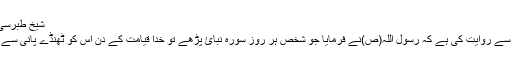
شیخ طبرسی نے مجمع البیان
میں اُبی بن کعب سے روایت کی ہے کہ رسول اللہ(ص)نے فرمایا جو شخص ہر روز سورہ نبائ پڑھے تو خدا قیامت کے دن اس کو ٹھنڈے پانی سے سیراب کرے گا۔